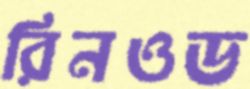
রিনওড